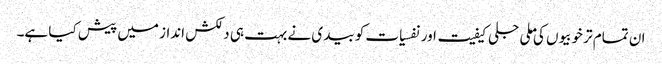
ان تمام تر خوبیوں کی ملی جلی کیفیت اور نفسیات کو بیدی نے بہت ہی دلکش انداز میں پیش کیا ہے۔